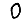
Digit: 0